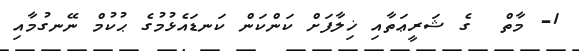
1- މާތް  ގެ ޝަރީޢަތާއި ޚިލާފަށް ކަންކަން ކަނޑައެޅުމުގެ ޙުކުމް ނޭނގުމާއި